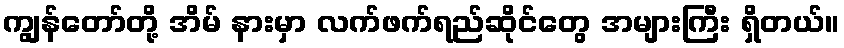
ကျွန်တော်တို့ အိမ် နားမှာ လက်ဖက်ရည်ဆိုင်တွေ အများကြီး ရှိတယ်။